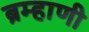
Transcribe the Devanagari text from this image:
ब्रम्हाणी